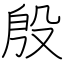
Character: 殷